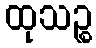
ထုသဉ္စ